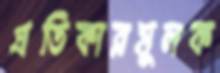
প্রতিকারমূলক